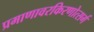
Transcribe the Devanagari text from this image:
प्रमाणावरकिरणोत्सर्ग